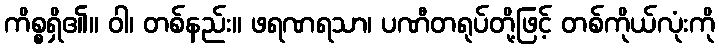
ကိစ္စရှိ၏။ ဝါ၊ တစ်နည်း။ ဖရဏရသာ၊ ပဏီတရုပ်တို့ဖြင့် တစ်ကိုယ်လုံးကို